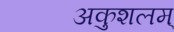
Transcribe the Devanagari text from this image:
अकुशलम्